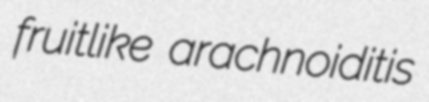
fruitlike arachnoiditis